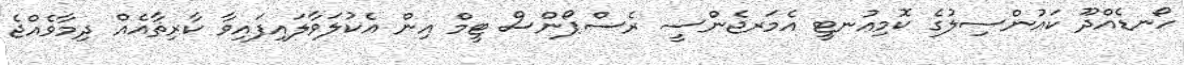
ހޯނޑެއްދޫ ކައުންސިލުގެ ކޮމިއުނޓީ އެމަރޖެންސީ ރެސްޕޯންސް ޓީމް އިން އެކުލަވާލައިފައިވާ ކާރިޘާއެއް ދިމާވެއްޖެ